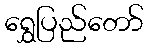
ရွှေပြည်တော်